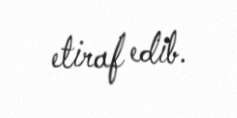
etiraf edib.